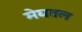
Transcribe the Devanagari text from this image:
मेघतल